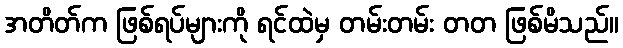
အတိတ်က ဖြစ်ရပ်များကို ရင်ထဲမှ တမ်းတမ်း တတ ဖြစ်မိသည်။